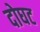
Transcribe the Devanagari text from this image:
दोघट